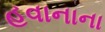
હવાનાના